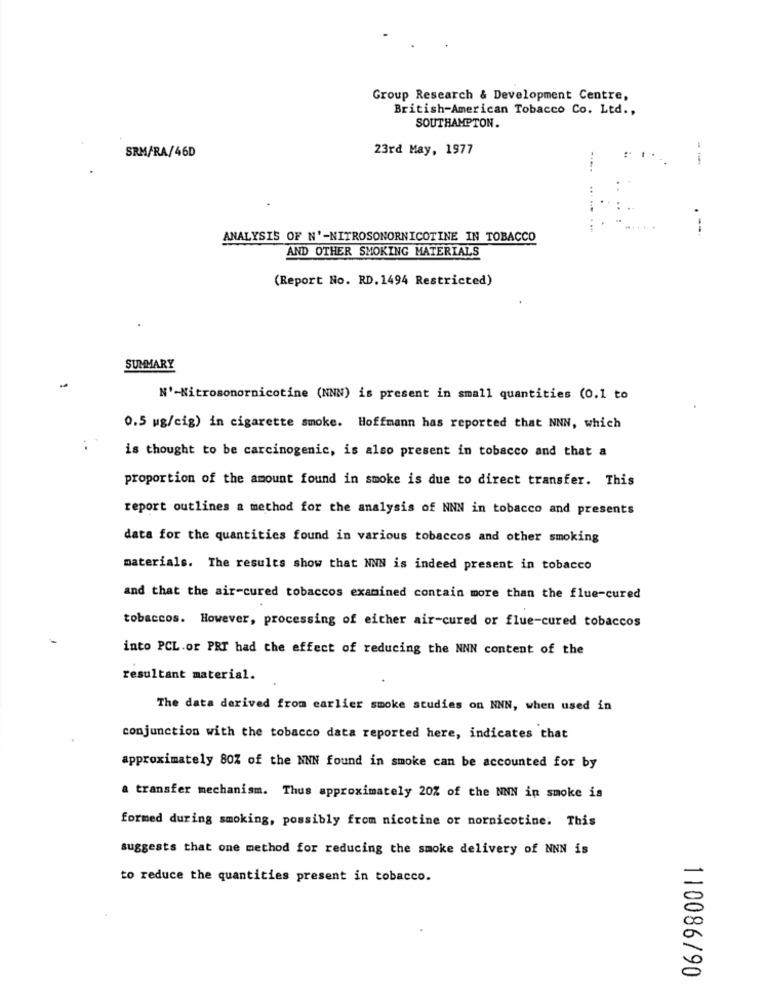
Group Research & Development Centre,
British-American Tobacco Co. Ltd .,
SOUTHAMPTON.
SRM/RA/46D
23rd May, 1977
--
ANALYSIS OF N'-NITROSONORNICOTINE IN TOBACCO
AND OTHER SMOKING MATERIALS
(Report No. RD. 1494 Restricted)
SUMMARY
N'-Nitrosonornicotine (NNN) is present in small quantities (0.1 to
0.5 ug/cig) in cigarette smoke. Hoffmann has reported that NNN, which
is thought to be carcinogenic, is also present in tobacco and that a
proportion of the amount found in smoke is due to direct transfer. This
report outlines a method for the analysis of NNN in tobacco and presents
data for the quantities found in various tobaccos and other smoking
materials. The results show that NNN is indeed present in tobacco
and that the air-cured tobaccos examined contain more than the flue-cured
tobaccos. However, processing of either air-cured or flue-cured tobaccos
into PCL.or PRI had the effect of reducing the NNN content of the
resultant material.
The data derived from earlier smoke studies on NNN, when used in
conjunction with the tobacco data reported here, indicates that
approximately 80% of the NNN found in smoke can be accounted for by
a transfer mechanism. Thus approximately 20% of the NNN in smoke is
formed during smoking, possibly from nicotine or nornicotine. This
suggests that one method for reducing the smoke delivery of NNN is
to reduce the quantities present in tobacco.
110086/90